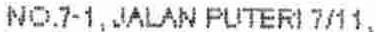
NO.7-1, JALAN PUTERI 7/11,